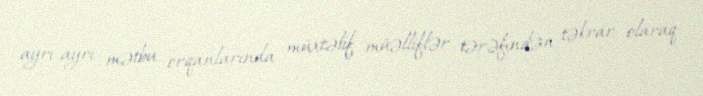
ayrı-ayrı mətbu orqanlarında müxtəlif müəlliflər tərəfindən təkrar olaraq